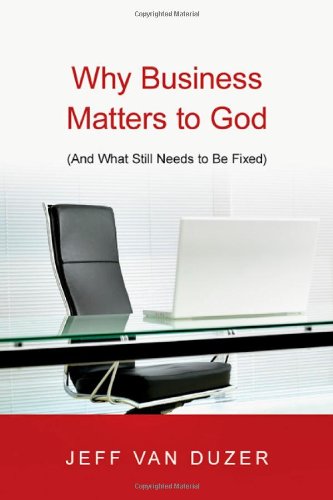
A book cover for Why Business Matters to God: (And What Still Needs to Be Fixed); Jeff Van Duzer; Christian Books & Bibles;